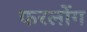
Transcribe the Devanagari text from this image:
फरलोंग